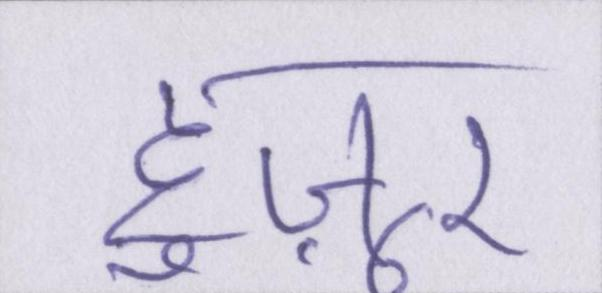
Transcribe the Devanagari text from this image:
हुज़ूर